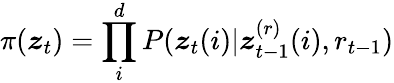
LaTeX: \pi(\boldsymbol{z}_{t})=\prod_{i}^{d}P(\boldsymbol{z}_{t}(i)|\boldsymbol{z}_{t-1}^{(r)}(i),r_{t-1})